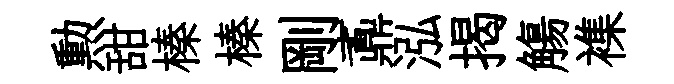
勲甜榛榛剛鼒泓揭觴襍